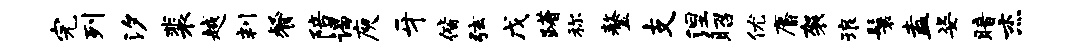
完列汐裴越判餐陪谒庾牙偕弦戊躇称鏊支涅昭优麝袈琅鬟盍姿暗杰